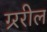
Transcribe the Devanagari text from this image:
ग्र्ररील